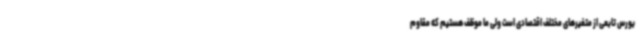
بورس تابعی از متغیرهای مختلف اقتصادی است ولی‌ ما موظف هستیم که مقاوم